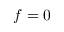
f = 0